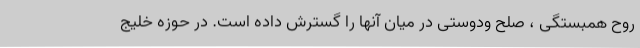
روح همبستگی ، صلح ودوستی در میان آنها را گسترش داده است. در حوزه خليج